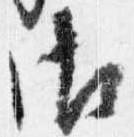
御